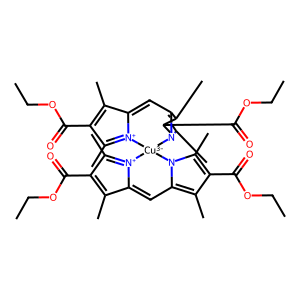
SMILES: CCOC(=O)C1=C(C)C2=Cc3c(C)c(C(=O)OCC)c(C)n3[Cu-3]3(n4c(C)c(C(=O)OCC)c(C)c4C=C4C(C)=C(C(=O)OCC)C(C)=[N+]43)[N+]2=C1C
Inhibits HIV replication: No